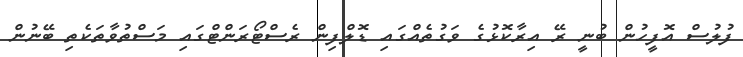
ފުލުސް އޮފީހުން ބުނީ ރޭ އިރާކޮޅުގެ ވަގުތެއްގައި ޑޮލްފިން ރެސްޓޯރަންޓްގައި މަސްތުވާތަކެތި ބޭނުން